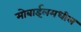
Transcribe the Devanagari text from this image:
मोबाईलमधील